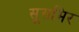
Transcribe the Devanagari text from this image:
सूसमिर